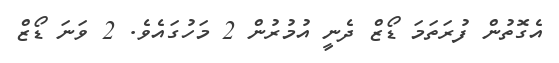
އެގޮތުން ފުރަތަމަ ޑޯޒް ދެނީ އުމުރުން 2 މަހުގައެވެ. 2 ވަނަ ޑޯޒް